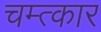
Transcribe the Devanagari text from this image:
चम्त्कार